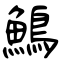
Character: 鷠